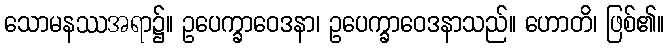
သောမနဿအရာ၌။ ဥပေက္ခာဝေဒနာ၊ ဥပေက္ခာဝေဒနာသည်။ ဟောတိ၊ ဖြစ်၏။